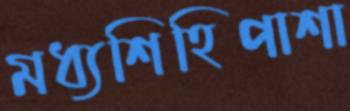
মধ্যশিহিপাশা